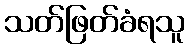
သတ်ဖြတ်ခံရသူ